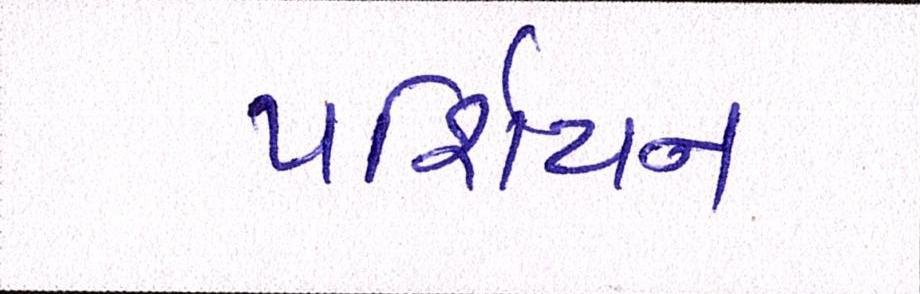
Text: પર્શિયન